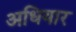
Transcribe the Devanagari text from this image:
अधियार